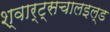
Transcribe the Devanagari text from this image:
श्वार्ट्सचालइल्ड